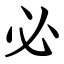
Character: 必